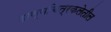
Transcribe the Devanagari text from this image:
हास्यचित्रकलेतील